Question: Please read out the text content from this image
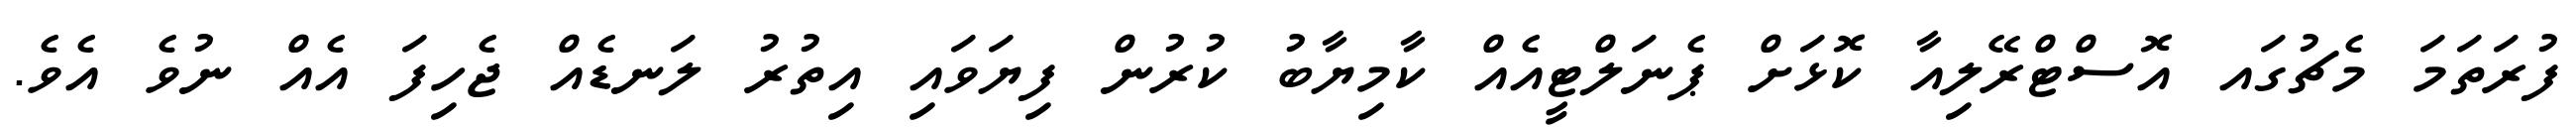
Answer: ފުރަތަމަ މެޗުގައ އޮސްޓްރޭލިއާ ކޮޅަށް ޕެނަލްޓީއެއް ކާމިޔާބު ކުރުން ފިޔަވައި އިތުރު ލަނޑެއް ޖެހިފަ އެއް ނުވެ އެވެ.